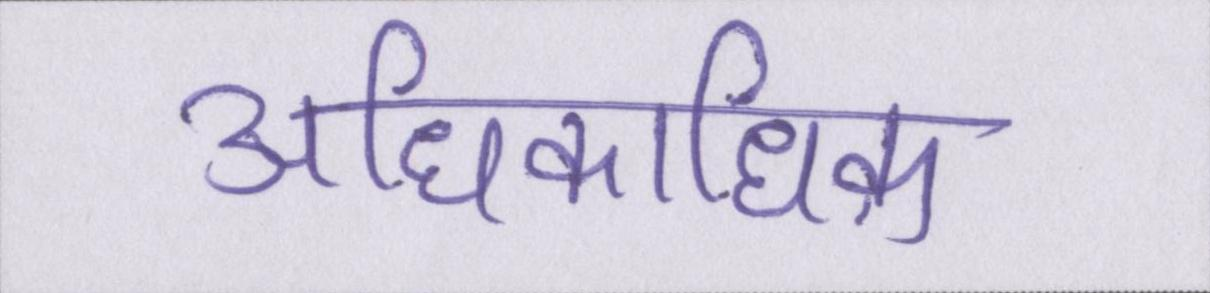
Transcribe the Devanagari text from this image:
अधिकाधिक